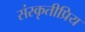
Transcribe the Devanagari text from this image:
संस्कृतीप्रिय